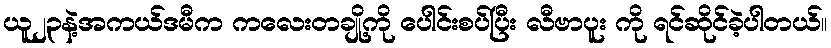
ယူ၂၃နဲ့အကယ်ဒမီက ကလေးတချို့ကို ပေါင်းစပ်ပြီး လီဗာပူး ကို ရင်ဆိုင်ခဲ့ပါတယ်။